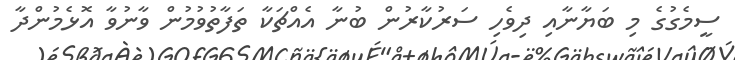
ސީމެގުގެ މި ބަޔާނާއި ދިވެހި ސަރުކާރުން ބުނާ އެއްޗަކާ ތަފާތުވުމުން ވާނުވާ އޮޅެމުންދާ